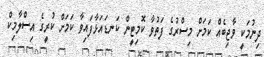
ދިނުމަކީ ވާޖިބެއް ކަމަށް މިސްރުގެ ފަތުވާ ކޮމިޓީން ކަނޑައަޅާފައިވާ ކަމަށް ކުރީގެ އިސްލާމިކް